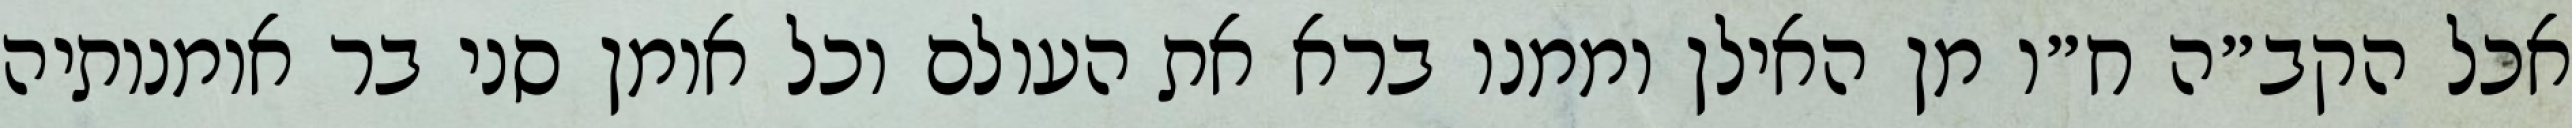
אכל הקב״ה ח״ו מן האילן וממנו ברא את העולם וכל אומן סני בר אומנותיה